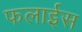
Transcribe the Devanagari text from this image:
फलाईस